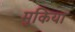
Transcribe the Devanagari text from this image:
मुकिया